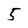
Character: 5